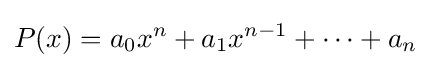
P(x)=a_{0}x^{n}+a_{1}x^{n-1}+\cdots +a_{n}